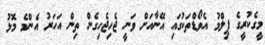
މީގެކުރީގެ ފިލްމު އެވޯޑްތަކުގައި އޭނާއަށް ވަނީ ޖެހިޖެހިގެން ތިން އަހަރު އެންމެ މޮޅު